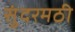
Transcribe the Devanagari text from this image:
सुंदरमठी